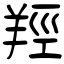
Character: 羥